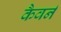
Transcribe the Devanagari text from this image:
कैवर्न